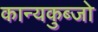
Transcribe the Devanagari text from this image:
कान्यकुब्जो